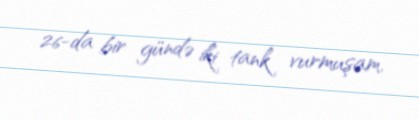
26-da bir gündə iki tank vurmuşam.